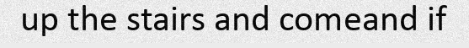
up the stairs and comeand if